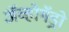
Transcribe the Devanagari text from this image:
अॅव्होगॅड्रो